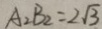
A _ { 2 } B _ { 2 } = 2 \sqrt { 3 }